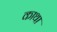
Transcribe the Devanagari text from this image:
काथा